Annual report of the Punjab Veterinary College and of the Civil Veterinary Department, Punjab - 1920-1925
Year: 1920
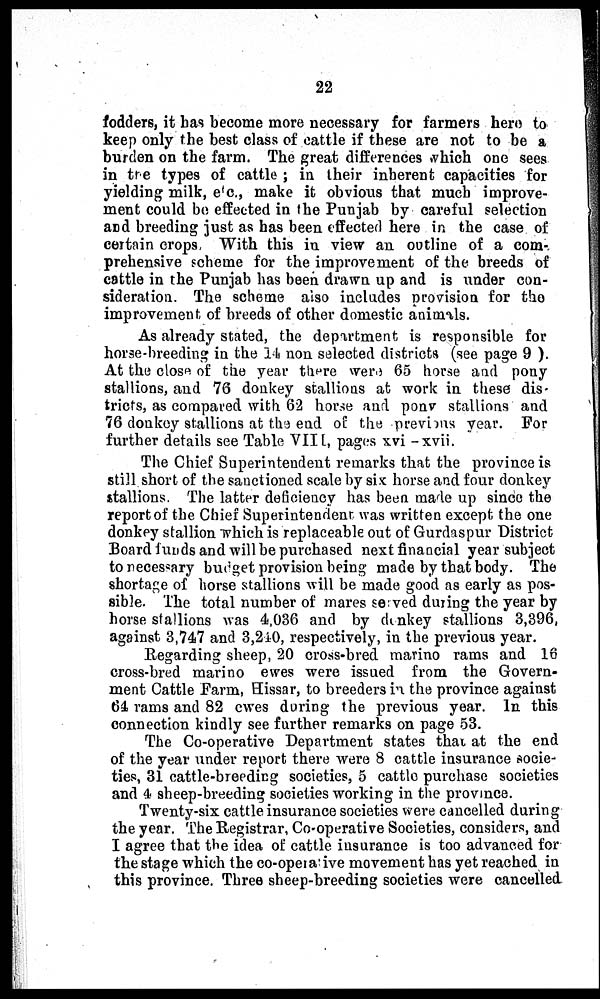
22
fodders, it has become more necessary for farmers hero to
keep only the best class of cattle if these are not to be a
burden on the farm. The great differences which one sees
in the types of cattle; in their inherent capacities for
yielding milk, etc., make it obvious that much improve-
ment could be effected in the Punjab by careful selection
and breeding just as has been effected here in the case of
certain crops, With this in view an outline of a com-
prehensive scheme for the improvement of the breeds of
cattle in the Punjab has been drawn up and is under con-
sideration. The scheme also includes provision for the
improvement of breeds of other domestic animals.
As already stated, the department is responsible for
horse-breeding in the 14 non selected districts (see page 9).
At the close of the year there were 65 horse and pony
stallions, and 76 donkey stallions at work in these dis-
tricts, as compared with 62 horse and pony stallions and
76 donkey stallions at the end of the previous year. For
further details see Table VIII, pages xvi - xvii.
The Chief Superintendent remarks that the province is
still short of the sanctioned scale by six horse and four donkey
stallions. The latter deficiency has been made up since the
report of the Chief Superintendent was written except the one
donkey stallion which is replaceable out of Gurdaspur District
Board funds and will be purchased next financial year subject
to necessary budget provision being made by that body. The
shortage of horse stallions will be made good as early as pos-
sible. The total number of mares served during the year by
horse stallions was 4,036 and by donkey stallions 3,396,
against 3,747 and 3,240, respectively, in the previous year.
Regarding sheep, 20 cross-bred marino rams and 16
cross-bred marino ewes were issued from the Govern-
ment Cattle Farm, Hissar, to breeders in the province against
64 rams and 82 ewes during the previous year. In this
connection kindly see further remarks on page 53.
The Co-operative Department states that at the end
of the year under report there were 8 cattle insurance socie-
ties, 31 cattle-breeding societies, 5 cattle purchase societies
and 4 sheep-breeding societies working in the province.
Twenty-six cattle insurance societies were cancelled during
the year. The Registrar, Co-operative Societies, considers, and
I agree that the idea of cattle insurance is too advanced for
the stage which the co-operative movement has yet reached in
this province. Three sheep-breeding societies were cancelled